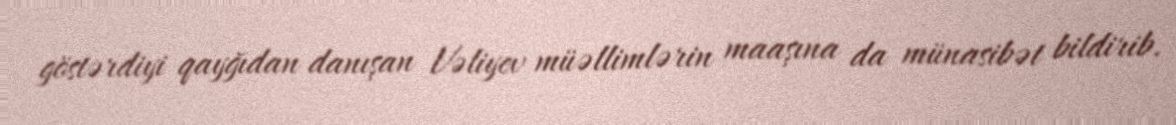
göstərdiyi qayğıdan danışan Vəliyev müəllimlərin maaşına da münasibət bildirib.